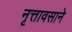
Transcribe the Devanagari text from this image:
नृत्तावसाने